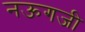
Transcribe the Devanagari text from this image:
नऊगजी